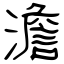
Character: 澹